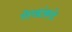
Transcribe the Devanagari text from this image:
लेखांकडे